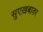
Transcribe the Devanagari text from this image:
सुएख़बातर